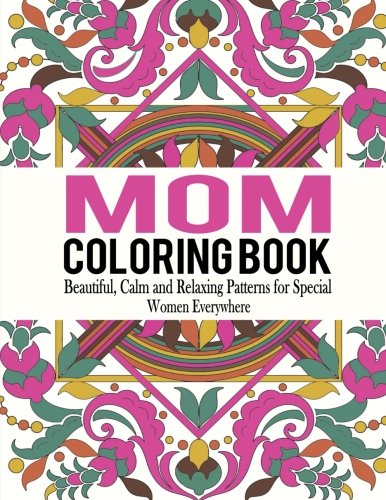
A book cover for Mom Coloring Book: Beautiful, Calm and Relaxing Patterns for Special Women Everywhere (Mom Coloring Book, Coloring Book for Mom, Adult Coloring Book for Ladies ) (Volume 1); Bella Mosley; Health, Fitness & Dieting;